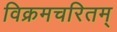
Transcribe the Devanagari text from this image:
विक्रमचरितम्